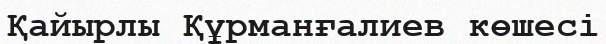
Қайырлы Құрманғалиев көшесі